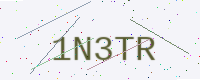
Text: 1N3TR